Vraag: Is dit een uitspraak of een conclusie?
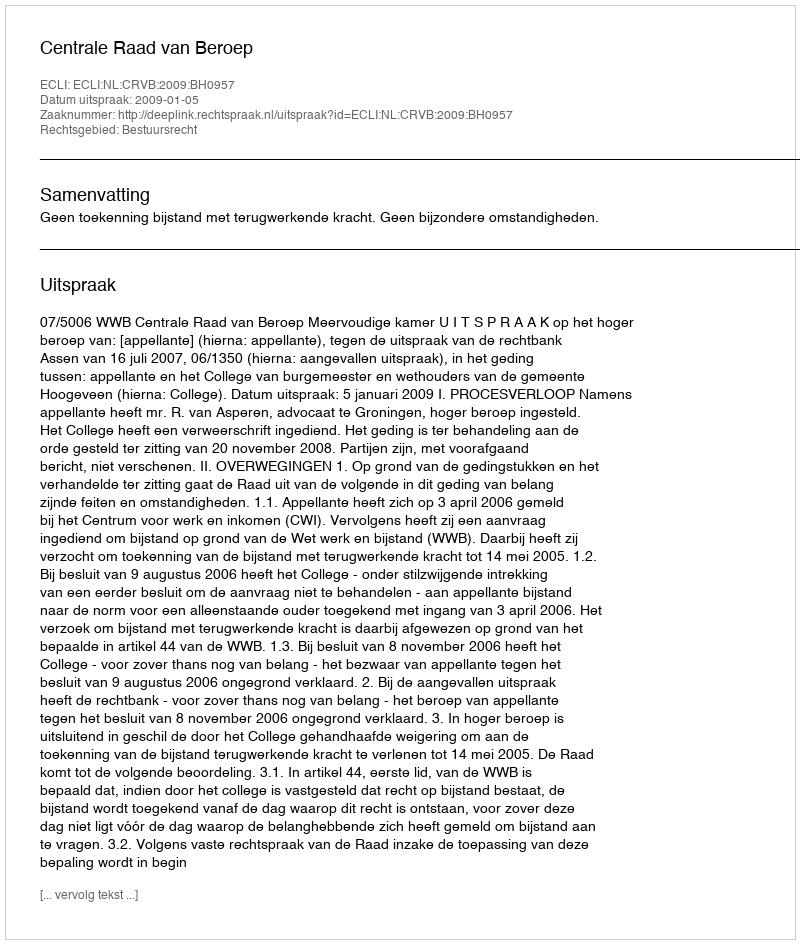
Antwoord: Uitspraak